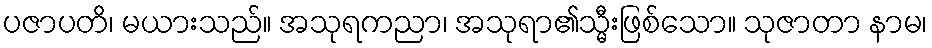
ပဇာပတိ၊ မယားသည်။ အသုရကညာ၊ အသုရာ၏သ္မီးဖြစ်သော။ သုဇာတာ နာမ၊